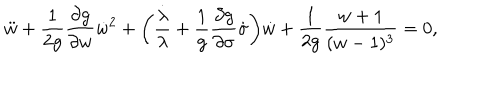
LaTeX: { \ddot { w } } + \frac { 1 } { 2 g } \frac { \partial g } { \partial w } { \dot { w } } ^ { 2 } + \biggl ( \frac { \dot { \lambda } } { \lambda } + \frac { 1 } { g } \frac { \partial g } { \partial \sigma } \dot { \sigma } \biggr ) \dot { w } + \frac { 1 } { 2 g } \frac { w + 1 } { ( w - 1 ) ^ { 3 } } = 0 ,